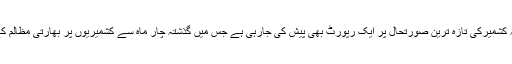
ہفتہ کشمیرکے دوران مقبوضہ کشمیرکی تازہ ترین صورتحال پر ایک رپورٹ بھی پیش کی جارہی ہے جس میں گذشتہ چار ماہ سے کشمیریوں پر بھارتی مظالم کے بارے میں حقائق شامل ہیں۔